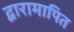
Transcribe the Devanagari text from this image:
द्वारामापित